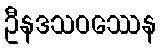
ဦနဒသဝဿေန